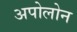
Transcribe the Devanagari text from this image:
अपोलोन